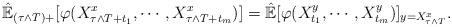
LaTeX: \begin{align*}\hat{\mathbb{E}}_{(\tau\wedge T)+}[\varphi(X_{\tau\wedge T+t_1}^x,\cdots,X_{\tau\wedge T+t_m}^x)]=\hat{\mathbb{E}}[\varphi(X_{t_1}^y,\cdots,X_{t_m}^y)]_{y=X^x_{\tau\wedge T}}.\end{align*}